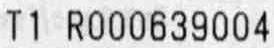
T1 R000639004